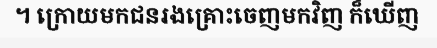
។ ក្រោយមកជនរងគ្រោះចេញមកវិញ ក៏ឃើញ